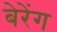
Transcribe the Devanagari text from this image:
बेरेंग